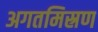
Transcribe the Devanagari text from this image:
अगतमिस्रण